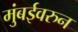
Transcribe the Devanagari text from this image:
मुंबईवरुन